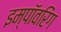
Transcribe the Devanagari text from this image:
इम्पॉवरिंग